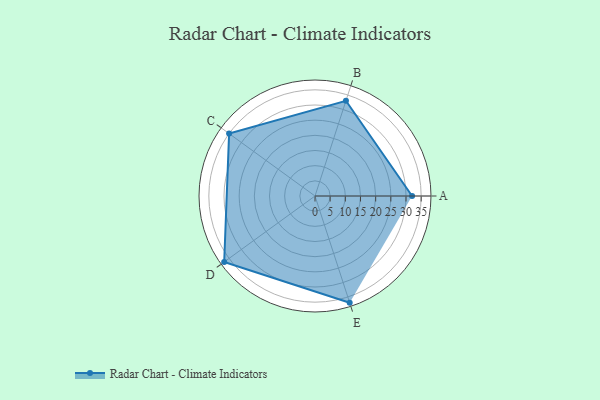
{"axis": {"x": "Skill", "y": "Score"}, "legend": ["Profile"], "data": [{"x": "A", "y": 32.0, "type": "Profile"}, {"x": "B", "y": 33.0, "type": "Profile"}, {"x": "C", "y": 35.0, "type": "Profile"}, {"x": "D", "y": 37.0, "type": "Profile"}, {"x": "E", "y": 37.0, "type": "Profile"}]}